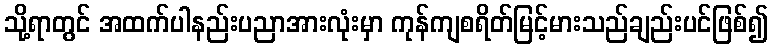
သို့ရာတွင် အထက်ပါနည်းပညာအားလုံးမှာ ကုန်ကျစရိတ်မြင့်မားသည်ချည်းပင်ဖြစ်၍